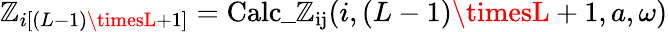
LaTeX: \mathbb{Z}_{i\left[(L-1)\timesL+1\right]}=\mathrm{{Calc\_ \mathbb{Z}_{ij}}}(i,(L-1)\timesL+1,a,\omega)